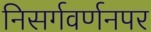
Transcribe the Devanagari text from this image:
निसर्गवर्णनपर